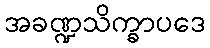
အခဏ္ဍသိက္ခာပဒေ